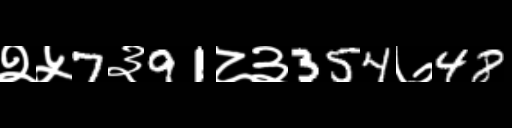
Text: २५7३91८३354७48